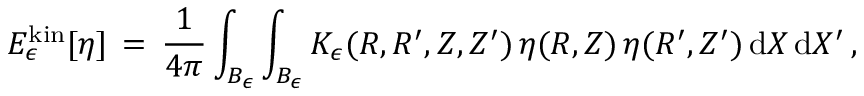
E _ { \epsilon } ^ { \mathrm { k i n } } [ \eta ] \, = \, \frac { 1 } { 4 \pi } \int _ { B _ { \epsilon } } \int _ { B _ { \epsilon } } K _ { \epsilon } ( R , R ^ { \prime } , Z , Z ^ { \prime } ) \, \eta ( R , Z ) \, \eta ( R ^ { \prime } , Z ^ { \prime } ) \, \mathrm { d } X \, \mathrm { d } X ^ { \prime } \, ,